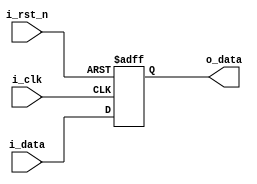
module d_ff
#(parameter N=1)(
input i_clk, i_rst_n,
input signed [N-1:0] i_data,
output reg signed [N-1:0] o_data);

always @(posedge i_clk, negedge i_rst_n) begin
	if(!i_rst_n) begin
		o_data<=0;
		end
	else begin
		o_data<=i_data;
		end
	end
endmodule